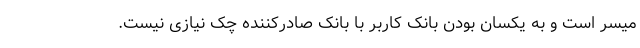
میسر است و به یکسان بودن بانک کاربر با بانک صادرکننده چک نیازی نیست.